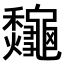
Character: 𪛁